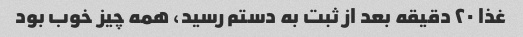
غذا ۲۰ دقیقه بعد از ثبت به دستم رسید، همه چیز خوب بود